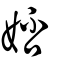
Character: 娝